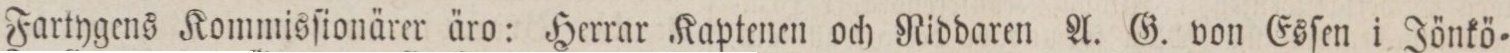
Fartygens Kommisſionärer äro: Herrar Kaptenen och Riddaren A. G. von Esſen i Jönkö=